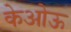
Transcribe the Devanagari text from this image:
केओऊ